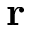
\textbf { r }